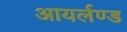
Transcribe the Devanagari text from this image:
आयर्लण्ड